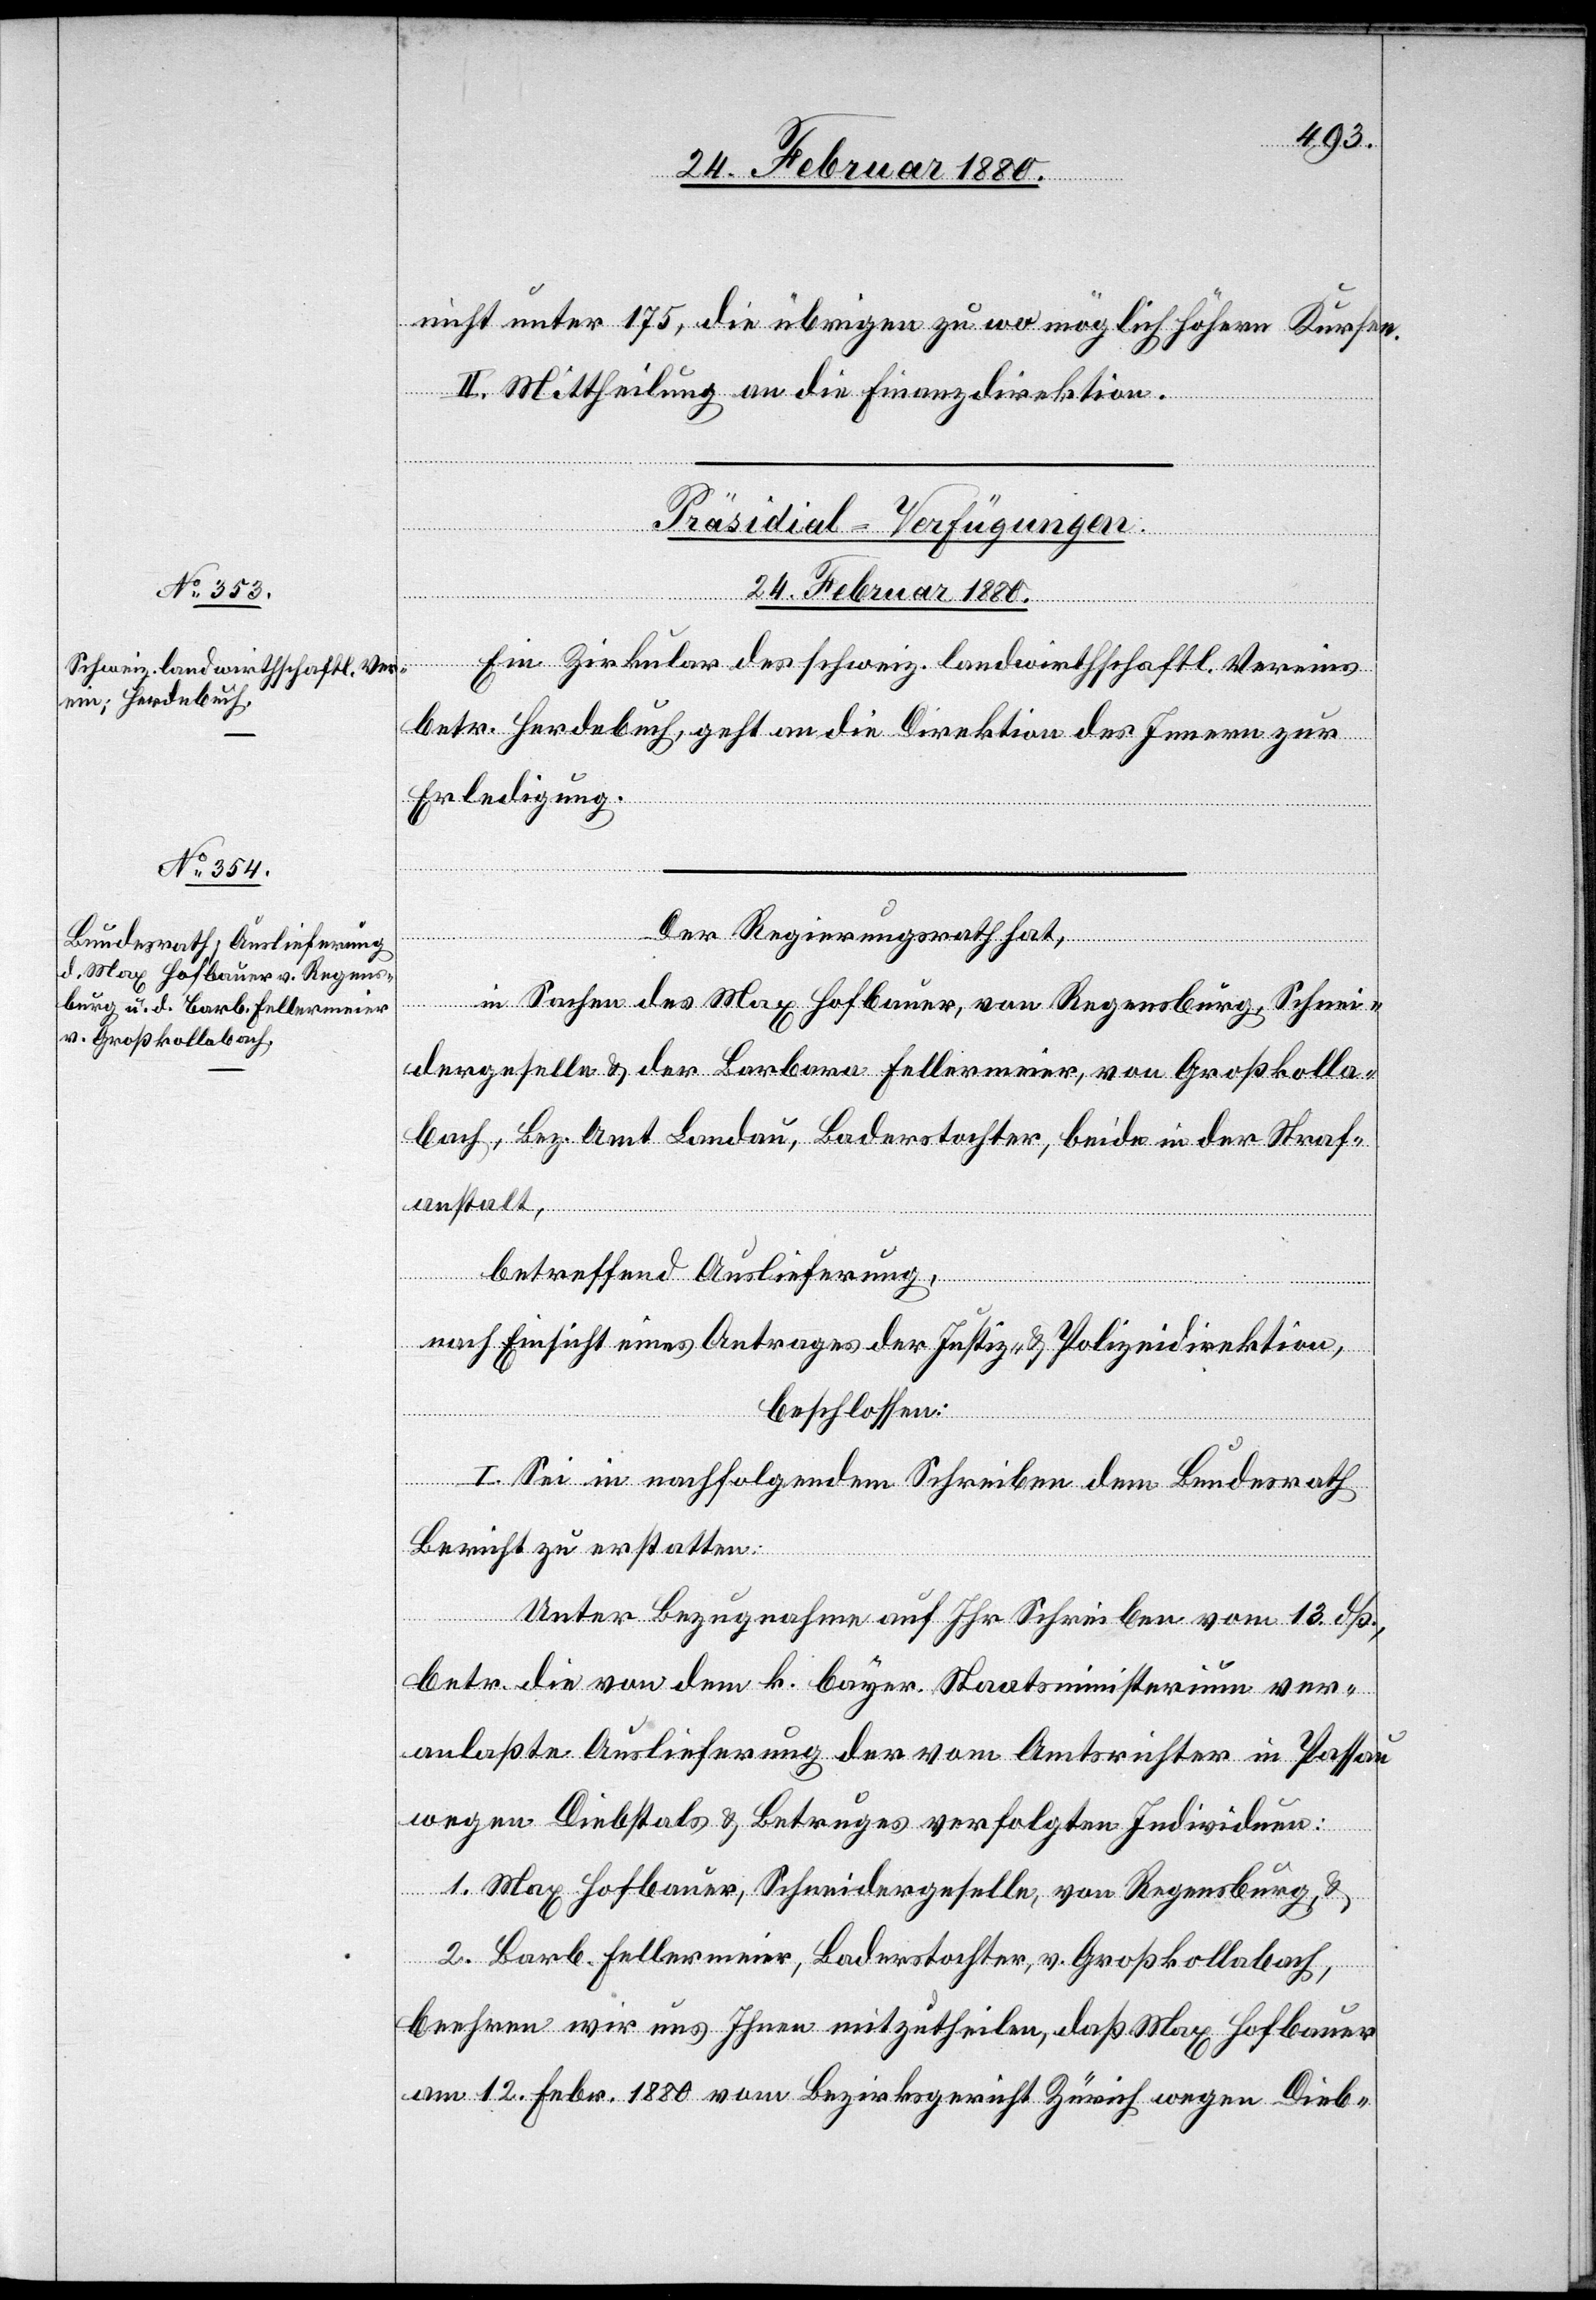
24. Februar 1880.]
nicht unter 175, die übrigen zu wo möglich höhern Kursen.
II. Mittheilung an die Finanzdirektion.
[Präsidial-Verfügungen
Ein Zirkular des schweiz. landwirthschaftl. Vereins
betr. Herdebuch, geht an die Direktion des Innern zur
Erledigung.
Der Regierungsrath hat,
in Sachen des Max Hofbauer, von Regensburg, Schnei¬
dergeselle & der Barbara Fellermeier, von Großkolla¬
bach, Bez. Amt Landau, Baderstochter, beide in der Straf¬
anstalt,
betreffend Auslieferung,
nach Einsicht eines Antrages der Justiz- & Polizeidirektion,
beschlossen:
I. Sei in nachfolgendem Schreiben dem Bundesrath
Bericht zu erstatten:
Unter Bezugnahme auf Ihr Schreiben vom 13. dß.,
betr. die von dem k. bayer. Staatsministerium ver¬
anlaßte Auslieferung der vom Amtsrichter in Passau
wegen Diebstals & Betruges verfolgten Individuen:
1. Max Hofbauer, Schneidergeselle, von Regensburg, &
2. Barb. Fellermeier, Baderstochter, v. Großkollabach,
beehren wir uns Ihnen mitzutheilen, daß Max Hofbauer
am 12. Febr. 1880 vom Bezirksgericht Zürich wegen Dieb-